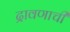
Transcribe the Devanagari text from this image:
द्रावणाची